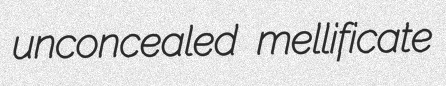
unconcealed mellificate